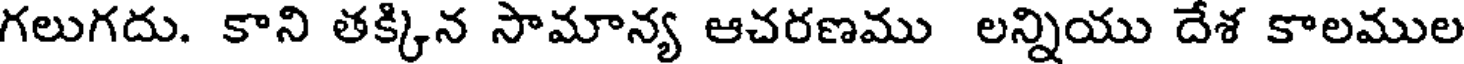
గలుగదు. కాని తక్కిన సామాన్య ఆచరణము లన్నియు దేశ కాలముల